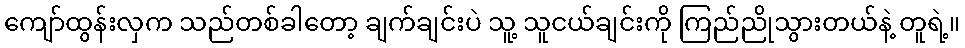
ကျော်ထွန်းလှက သည်တစ်ခါတော့ ချက်ချင်းပဲ သူ့ သူငယ်ချင်းကို ကြည်ညိုသွားတယ်နဲ့ တူရဲ့။